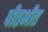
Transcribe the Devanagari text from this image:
पीतभीत